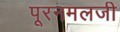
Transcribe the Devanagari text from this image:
पूरनमलजी